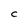
Character: C